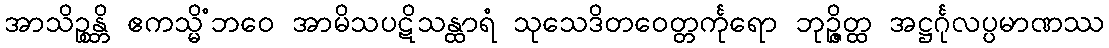
အာသိဉ္စန္တိ ဧကသ္မိံဘဝေ အာမိသပဋိသန္ထာရံ သုသေဒိတဝေတ္တင်္ကုရော ဘုဉ္ဇိတ္ထ အဋ္ဌင်္ဂုလပ္ပမာဏဿ